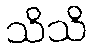
သိသိ